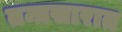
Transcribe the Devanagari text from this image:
तन्त्रसारात